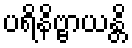
ပရိနိဗ္ဗာယန္တိ